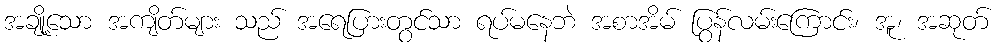
အချို့သော အကျိတ်များ သည် အရေပြားတွင်သာ ရပ်မနေဘဲ အစာအိမ် ပြွန်လမ်းကြောင်း၊ အူ၊ အဆုတ်